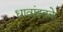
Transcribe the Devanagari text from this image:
धावांइतके